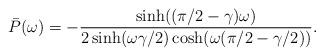
LaTeX: \begin{align*}\bar{P}(\omega) = - \frac{\sinh((\pi/2-\gamma)\omega)}{2\sinh(\omega\gamma/2)\cosh(\omega(\pi/2-\gamma/2))}.\end{align*}